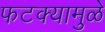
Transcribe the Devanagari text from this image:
फटक्यामुळे